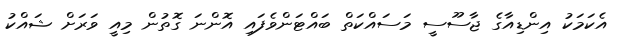
އެކަމަކު އިންޑިއާގެ ޖާސޫސީ މަސައްކަތް ބައްޓަންވެފައި އޮންނަ ގޮތުން މިއީ ވަރަށް ޝައްކު